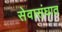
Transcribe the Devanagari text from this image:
सेवासंघात